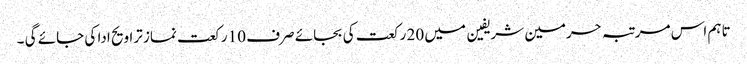
تاہم اس مرتبہ حرمین شریفین میں 20 رکعت کی بجائے صرف 10 رکعت نماز تراویح ادا کی جائے گی ۔